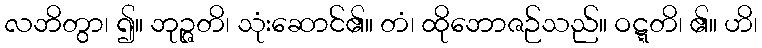
လဘိတွာ၊ ၍။ ဘုဉ္ဇတိ၊ သုံးဆောင်၏။ တံ၊ ထိုဘောဇဉ်သည်။ ဝဋ္ဋတိ၊ ၏။ ဟိ၊